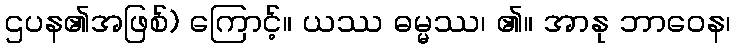
ဌပန၏အဖြစ်) ကြောင့်။ ယဿ ဓမ္မဿ၊ ၏။ အာနု ဘာဝေန၊